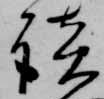
談